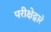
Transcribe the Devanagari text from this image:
परीक्षेद्वारे